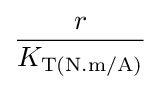
{\frac {r}{K_{\text{T(N.m/A)}}}}